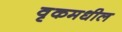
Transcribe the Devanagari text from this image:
वृकमधील